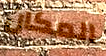
المكان